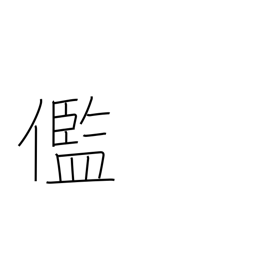
Meaning: ugly